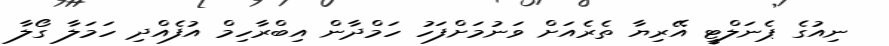
ނިއުގެ ޕެނަލްޓީ އޭރިޔާ ތެރެއަށް ވަނުމަށްފަހު ހަމްދާން އިބްރާހިމް އުފެއްދި ހަމަލާ ގޯލާ